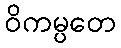
ဝိကမ္ပတေ